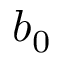
b _ { 0 }